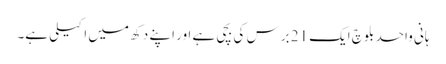
ہانی واحد بلوچ ایک 21 برس کی بچی ہے اور اپنے دکھ میں اکیلی ہے۔